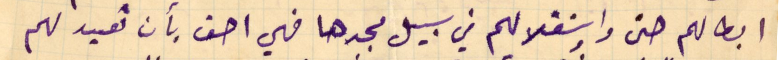
ابطالهم وحتى استقلالهم في سبيل مجدها فهي احق بأن تعيد لهم